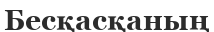
Бесқасқаның